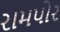
રામપોર